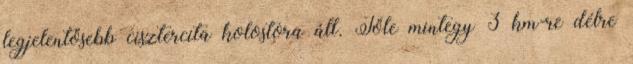
legjelentősebb cisztercita kolostora áll. Tőle mintegy 3 km-re délre